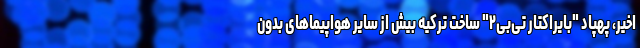
اخیر، پهپاد "بایراکتار تی‌بی۲" ساخت ترکیه بیش از سایر هواپیماهای بدون